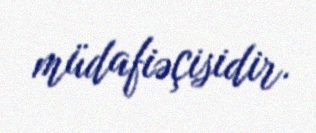
müdafiəçisidir.